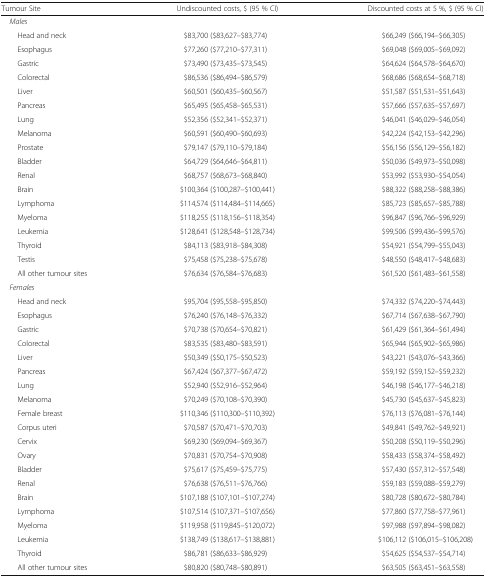
<table><thead><tr><td><b>Tumour Site</b></td><td><b>Undiscounted costs, $ (95 % CI)</b></td><td><b>Discounted costs at 5 %, $ (95 % CI)</b></td></tr></thead><tbody><tr><td colspan="3"> <i>Males</i></td></tr><tr><td>Head and neck</td><td>$83,700 ($83,627–$83,774)</td><td>$66,249 ($66,194–$66,305)</td></tr><tr><td>Esophagus</td><td>$77,260 ($77,210–$77,311)</td><td>$69,048 ($69,005–$69,092)</td></tr><tr><td>Gastric</td><td>$73,490 ($73,435–$73,545)</td><td>$64,624 ($64,578–$64,670)</td></tr><tr><td>Colorectal</td><td>$86,536 ($86,494–$86,579)</td><td>$68,686 ($68,654–$68,718)</td></tr><tr><td>Liver</td><td>$60,501 ($60,435–$60,567)</td><td>$51,587 ($51,531–$51,643)</td></tr><tr><td>Pancreas</td><td>$65,495 ($65,458–$65,531)</td><td>$57,666 ($57,635–$57,697)</td></tr><tr><td>Lung</td><td>$52,356 ($52,341–$52,371)</td><td>$46,041 ($46,029–$46,054)</td></tr><tr><td>Melanoma</td><td>$60,591 ($60,490–$60,693)</td><td>$42,224 ($42,153–$42,296)</td></tr><tr><td>Prostate</td><td>$79,147 ($79,110–$79,184)</td><td>$56,156 ($56,129–$56,182)</td></tr><tr><td>Bladder</td><td>$64,729 ($64,646–$64,811)</td><td>$50,036 ($49,973–$50,098)</td></tr><tr><td>Renal</td><td>$68,757 ($68,673–$68,840)</td><td>$53,992 ($53,930–$54,054)</td></tr><tr><td>Brain</td><td>$100,364 ($100,287–$100,441)</td><td>$88,322 ($88,258–$88,386)</td></tr><tr><td>Lymphoma</td><td>$114,574 ($114,484–$114,665)</td><td>$85,723 ($85,657–$85,788)</td></tr><tr><td>Myeloma</td><td>$118,255 ($118,156–$118,354)</td><td>$96,847 ($96,766–$96,929)</td></tr><tr><td>Leukemia</td><td>$128,641 ($128,548–$128,734)</td><td>$99,506 ($99,436–$99,576)</td></tr><tr><td>Thyroid</td><td>$84,113 ($83,918–$84,308)</td><td>$54,921 ($54,799–$55,043)</td></tr><tr><td>Testis</td><td>$75,458 ($75,238–$75,678)</td><td>$48,550 ($48,417–$48,683)</td></tr><tr><td>All other tumour sites</td><td>$76,634 ($76,584–$76,683)</td><td>$61,520 ($61,483–$61,558)</td></tr><tr><td colspan="3"> <i>Females</i></td></tr><tr><td>Head and neck</td><td>$95,704 ($95,558–$95,850)</td><td>$74,332 ($74,220–$74,443)</td></tr><tr><td>Esophagus</td><td>$76,240 ($76,148–$76,332)</td><td>$67,714 ($67,638–$67,790)</td></tr><tr><td>Gastric</td><td>$70,738 ($70,654–$70,821)</td><td>$61,429 ($61,364–$61,494)</td></tr><tr><td>Colorectal</td><td>$83,535 ($83,480–$83,591)</td><td>$65,944 ($65,902–$65,986)</td></tr><tr><td>Liver</td><td>$50,349 ($50,175–$50,523)</td><td>$43,221 ($43,076–$43,366)</td></tr><tr><td>Pancreas</td><td>$67,424 ($67,377–$67,472)</td><td>$59,192 ($59,152–$59,232)</td></tr><tr><td>Lung</td><td>$52,940 ($52,916–$52,964)</td><td>$46,198 ($46,177–$46,218)</td></tr><tr><td>Melanoma</td><td>$70,249 ($70,108–$70,390)</td><td>$45,730 ($45,637–$45,823)</td></tr><tr><td>Female breast</td><td>$110,346 ($110,300–$110,392)</td><td>$76,113 ($76,081–$76,144)</td></tr><tr><td>Corpus uteri</td><td>$70,587 ($70,471–$70,703)</td><td>$49,841 ($49,762–$49,921)</td></tr><tr><td>Cervix</td><td>$69,230 ($69,094–$69,367)</td><td>$50,208 ($50,119–$50,296)</td></tr><tr><td>Ovary</td><td>$70,831 ($70,754–$70,908)</td><td>$58,433 ($58,374–$58,492)</td></tr><tr><td>Bladder</td><td>$75,617 ($75,459–$75,775)</td><td>$57,430 ($57,312–$57,548)</td></tr><tr><td>Renal</td><td>$76,638 ($76,511–$76,766)</td><td>$59,183 ($59,088–$59,279)</td></tr><tr><td>Brain</td><td>$107,188 ($107,101–$107,274)</td><td>$80,728 ($80,672–$80,784)</td></tr><tr><td>Lymphoma</td><td>$107,514 ($107,371–$107,656)</td><td>$77,860 ($77,758–$77,961)</td></tr><tr><td>Myeloma</td><td>$119,958 ($119,845–$120,072)</td><td>$97,988 ($97,894–$98,082)</td></tr><tr><td>Leukemia</td><td>$138,749 ($138,617–$138,881)</td><td>$106,112 ($106,015–$106,208)</td></tr><tr><td>Thyroid</td><td>$86,781 ($86,633–$86,929)</td><td>$54,625 ($54,537–$54,714)</td></tr><tr><td>All other tumour sites</td><td>$80,820 ($80,748–$80,891)</td><td>$63,505 ($63,451–$63,558)</td></tr></tbody></table>